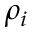
\rho _ { i }